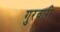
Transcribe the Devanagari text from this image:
गुरवारी